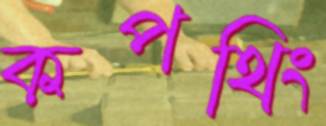
কপথিং